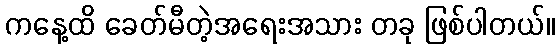
ကနေ့ထိ ခေတ်မီတဲ့အရေးအသား တခု ဖြစ်ပါတယ်။